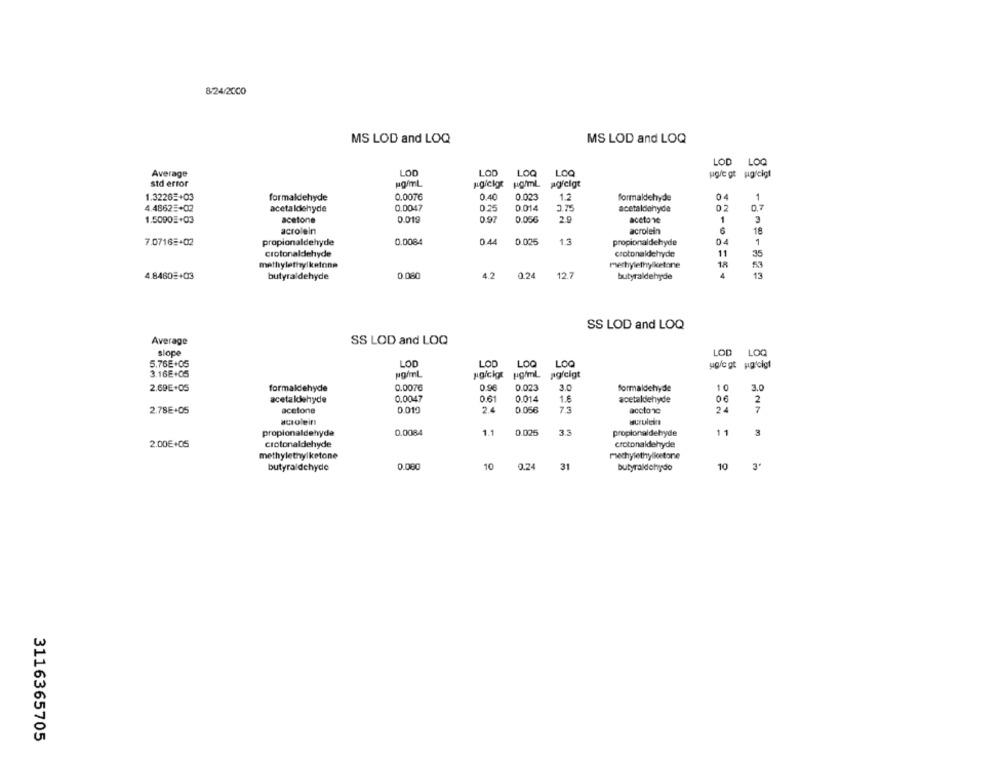
8-24/2000
MS LOD and LOQ
MS LOD and LOQ
LOD LOQ
Average
LOD
LOD LOQ
LOO
ugre gt uigicigt
std error
pgicky pamL
1.3226=+03
formaldehyde
0.0076
0.40
0.023
1.2
formaldehyde
1
0.0047
4.48625+02
acetaldehyde
0.25
0.014
3.75
acetaldehyde
1.5090E+03
acetone
0.019
0.97
0.056
2.9
aceto ve
1
6
acrolein
acrolein
7.0716:+02
propionaldehyde
0.0084
0.44
0.025
1.3
propionaldehyde
04
1
crotonaldehyde
crotonaldehyde
11
35
mathylethylketone
mertylethylketone
18
53
0.080
4.2
0.24
12.7
13
4.8460#+03
butyraldehyde
butyraldehyde
SS LOD and LOQ
Average
SS LOD and LOQ
slope
LOD LOQ
5.76E+05
LOD
LOD
LOO
LOQ
3.16E+05
sgicigt pg/ml agfcigt
2.69€+05
formaldehyde
0.0076
0.96
0.023
3.0
formaldehyde
10
3.0
acetaldehyde
0.0047
0.61
0.014
1.6
acetaldehyde
06
2
2.78E+05
acetone
0 011
2.4
0.056
7.3
acctonc
2.
7
acolein!
propionaldehyde
0.0084
1.1
0.025
3.3
propionaldehyde
1
3
2.00€+05
Crotonaldehyde
crotonaldehyde
methylethylketone
mechylethyllestone
butyraldehyde
0.080
10
0.24
31
butyraldehy do
10
3ª
3116365705